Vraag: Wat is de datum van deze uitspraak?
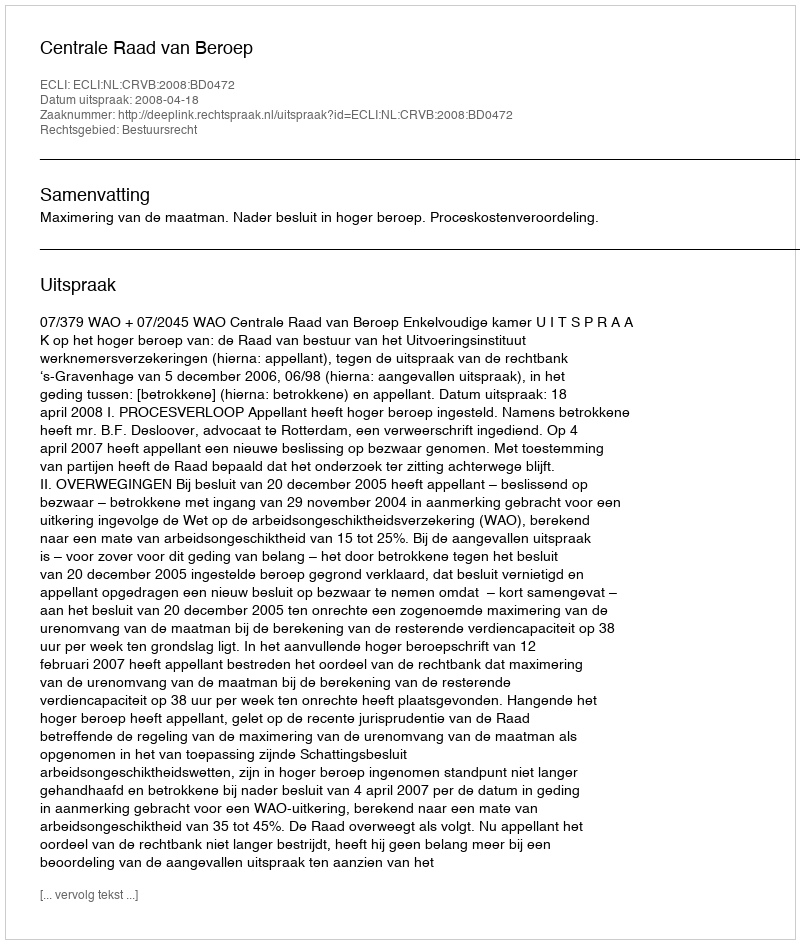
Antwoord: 2008-04-18